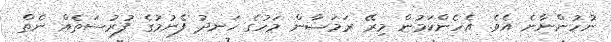
ނުހުންނާނެ އެވެ. އެހެންކަމުން މިރޭ ރަމަޟާން މަހުގެ ހަނދު ފެނުމުގެ ފުރުސަތެއް ނެތް